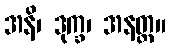
အနိ၊ ဒုက္ခ၊ အနတ္တ။